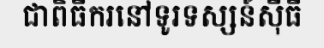
ជាពិធីករនៅទូរទស្សន៍ស៊ីធី